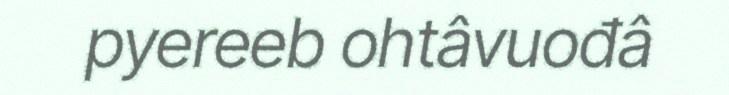
pyereeb ohtâvuođâ